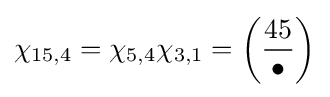
\chi _{15,4}=\chi _{5,4}\chi _{3,1}=\left({\frac {45}{\bullet }}\right)